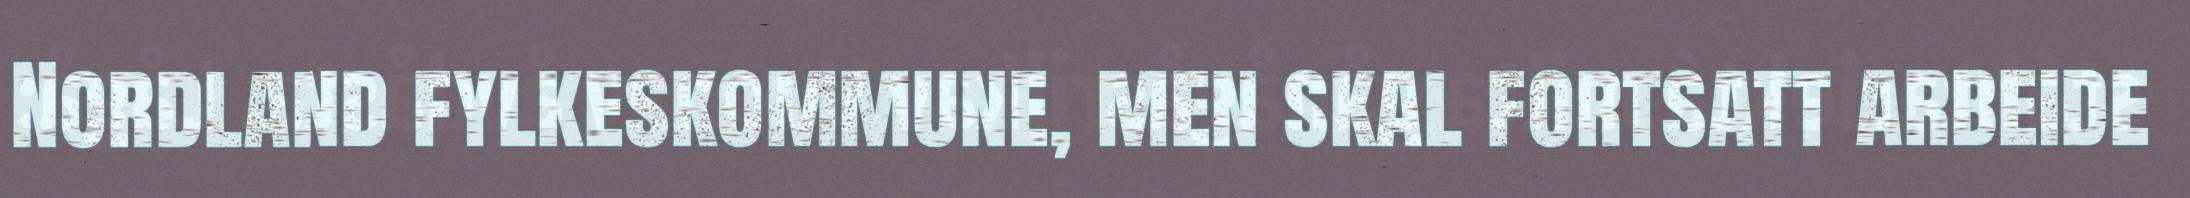
Nordland fylkeskommune, men skal fortsatt arbeide